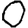
Digit: 0